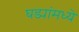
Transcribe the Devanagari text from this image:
घड्यांमध्ये